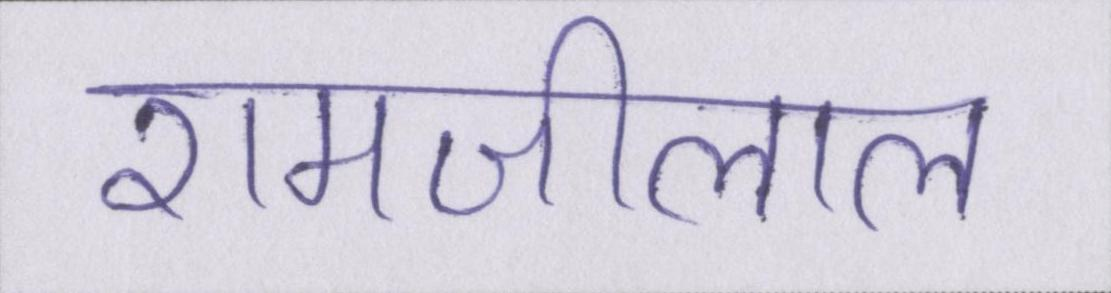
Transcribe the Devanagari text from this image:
रामजीलाल